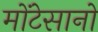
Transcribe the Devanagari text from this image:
मोंटेसानो